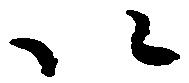
以